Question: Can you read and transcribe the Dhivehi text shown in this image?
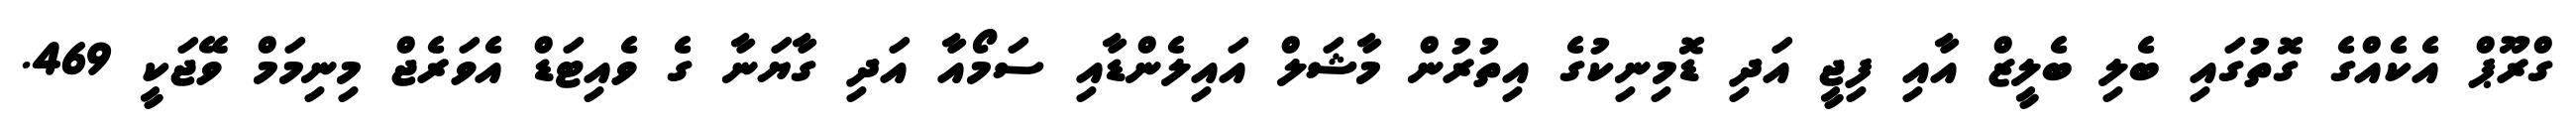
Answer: ގްރޫޕް އެކެއްގެ ގޮތުގައި ބެލި ބެލީޒް އާއި ފިޖީ އަދި ޑޮމިނިކުގެ އިތުރުން މާޝަލް އައިލެންޑާއި ސަމޯއާ އަދި ގާޔަނާ ގެ ވެއިޓަޑް އެވަރެޖް މިނިމަމް ވޭޖަކީ 469.